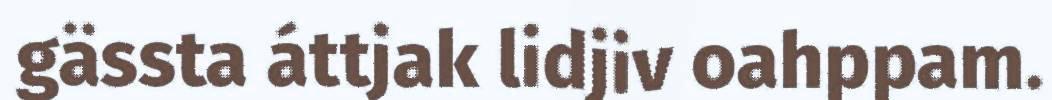
gässta áttjak lidjiv oahppam.